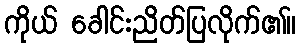
ကိုယ် ခေါင်းညိတ်ပြလိုက်၏။